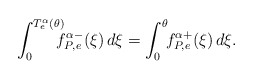
\begin{align*}\int_{0}^{T_e^\alpha(\theta)}\!\!\!\! f^{\alpha-}_{P,e}(\xi)\,d\xi=\int_{0}^{\theta}\!\! f^{\alpha+}_{P,e}(\xi)\,d\xi.\end{align*}